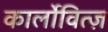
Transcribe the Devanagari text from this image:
कार्लोवित्ज़